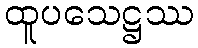
ထူပသေဋ္ဌဿ